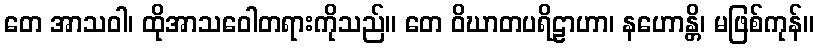
တေ အာသဝါ၊ ထိုအာသဝေါတရားကိုသည်။ တေ ဝိဃာတပရိဠာဟာ၊ နဟောန္တိ၊ မဖြစ်ကုန်။